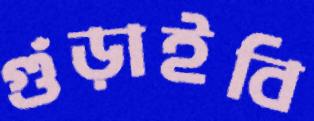
গুঁড়াইবি